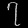
Digit: ၇